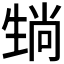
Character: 𪽄